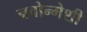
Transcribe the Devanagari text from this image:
नवोन्मेशी